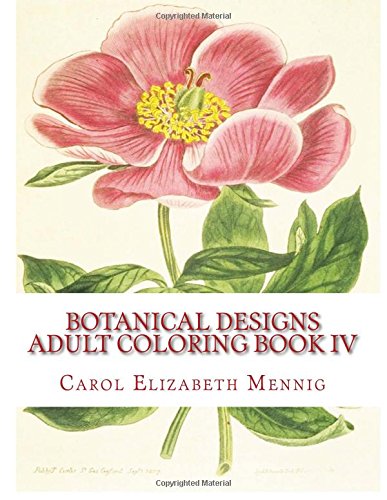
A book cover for Botanical Designs Adult Coloring Book IV; Carol Elizabeth Mennig; Arts & Photography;